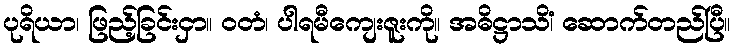
ပုရိယာ၊ ဖြည့်ခြင်းငှာ။ ဝတံ၊ ပါရမီကျေးဇူးကို။ အဓိဋ္ဌာသိံ၊ ဆောက်တည်ပြီ။